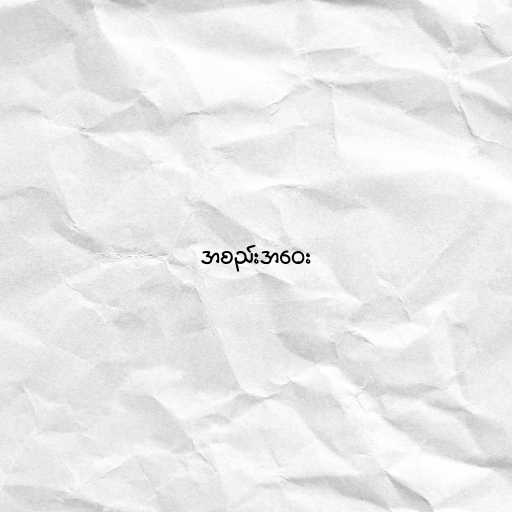
အစည်းအဝေး